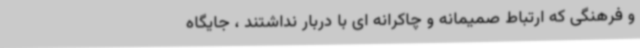
و فرهنگی که ارتباط صمیمانه و چاکرانه ای با دربار نداشتند ، جایگاه